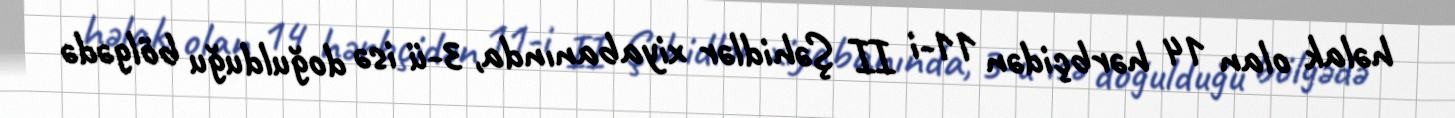
həlak olan 14 hərbçidən 11-i II Şəhidlər xiyabanında, 3-ü isə doğulduğu bölgədə